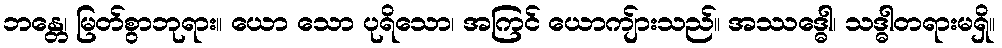
ဘန္တေ၊ မြတ်စွာဘုရား။ ယော သော ပုရိသော၊ အကြင် ယောကျ်ားသည်။ အဿဒ္ဓေါ၊ သဒ္ဓါတရားမရှိ။